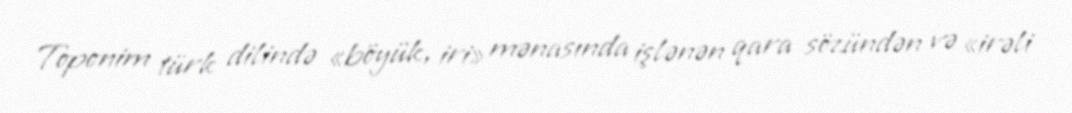
Toponim türk dilində «böyük, iri» mənasında işlənən qara sözündən və «irəli